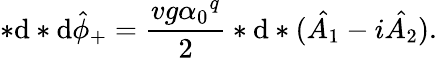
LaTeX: *\mathrm{d}*\mathrm{d}{\hat{{\phi}}}_{+}=\frac{{vg{\alpha_{0}}^{q}}}{{2}}*\mathrm{d}*(\hat{{A_{1}}}-i\hat{{A_{2}}}).